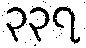
၃၃၇